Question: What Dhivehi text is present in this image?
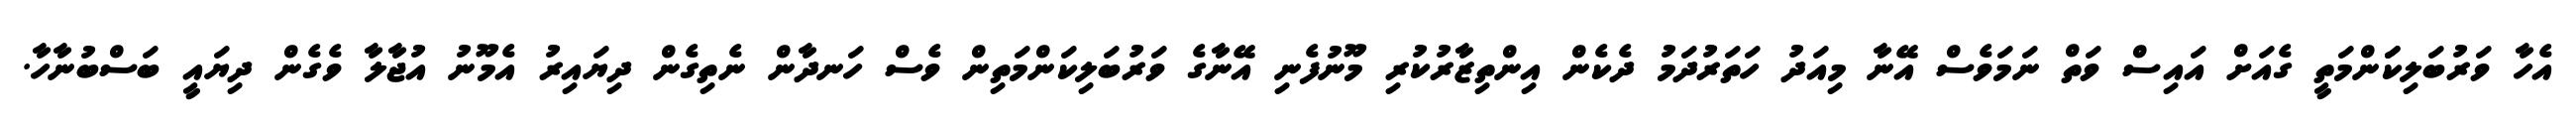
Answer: އެހާ ވަރުބަލިކަަންމަތީ ގެއަށް އައިސް ވަތް ނަމަވެސް އޭނާ މިއަދު ހަތަރުދަމު ދެކެން އިންތިޒާރުކުރި މޫނުފެނި އޭނާގެ ވަރުބަލިކަންމަތިން ވެސް ހަނދާން ނެތިގެން ދިޔައިރު އެމޫނު އުޖާލާ ވެގެން ދިޔައީ ބަސްބުނާހާ.